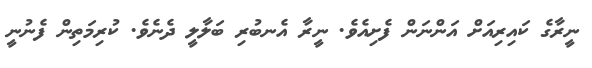
ނީރާގެ ކައިރިއަށް އަންނަން ފެށިއެވެ. ނީރާ އެނބުރި ބަލާލީ ދެނެވެ. ކުރިމަތިން ފެނުނީ